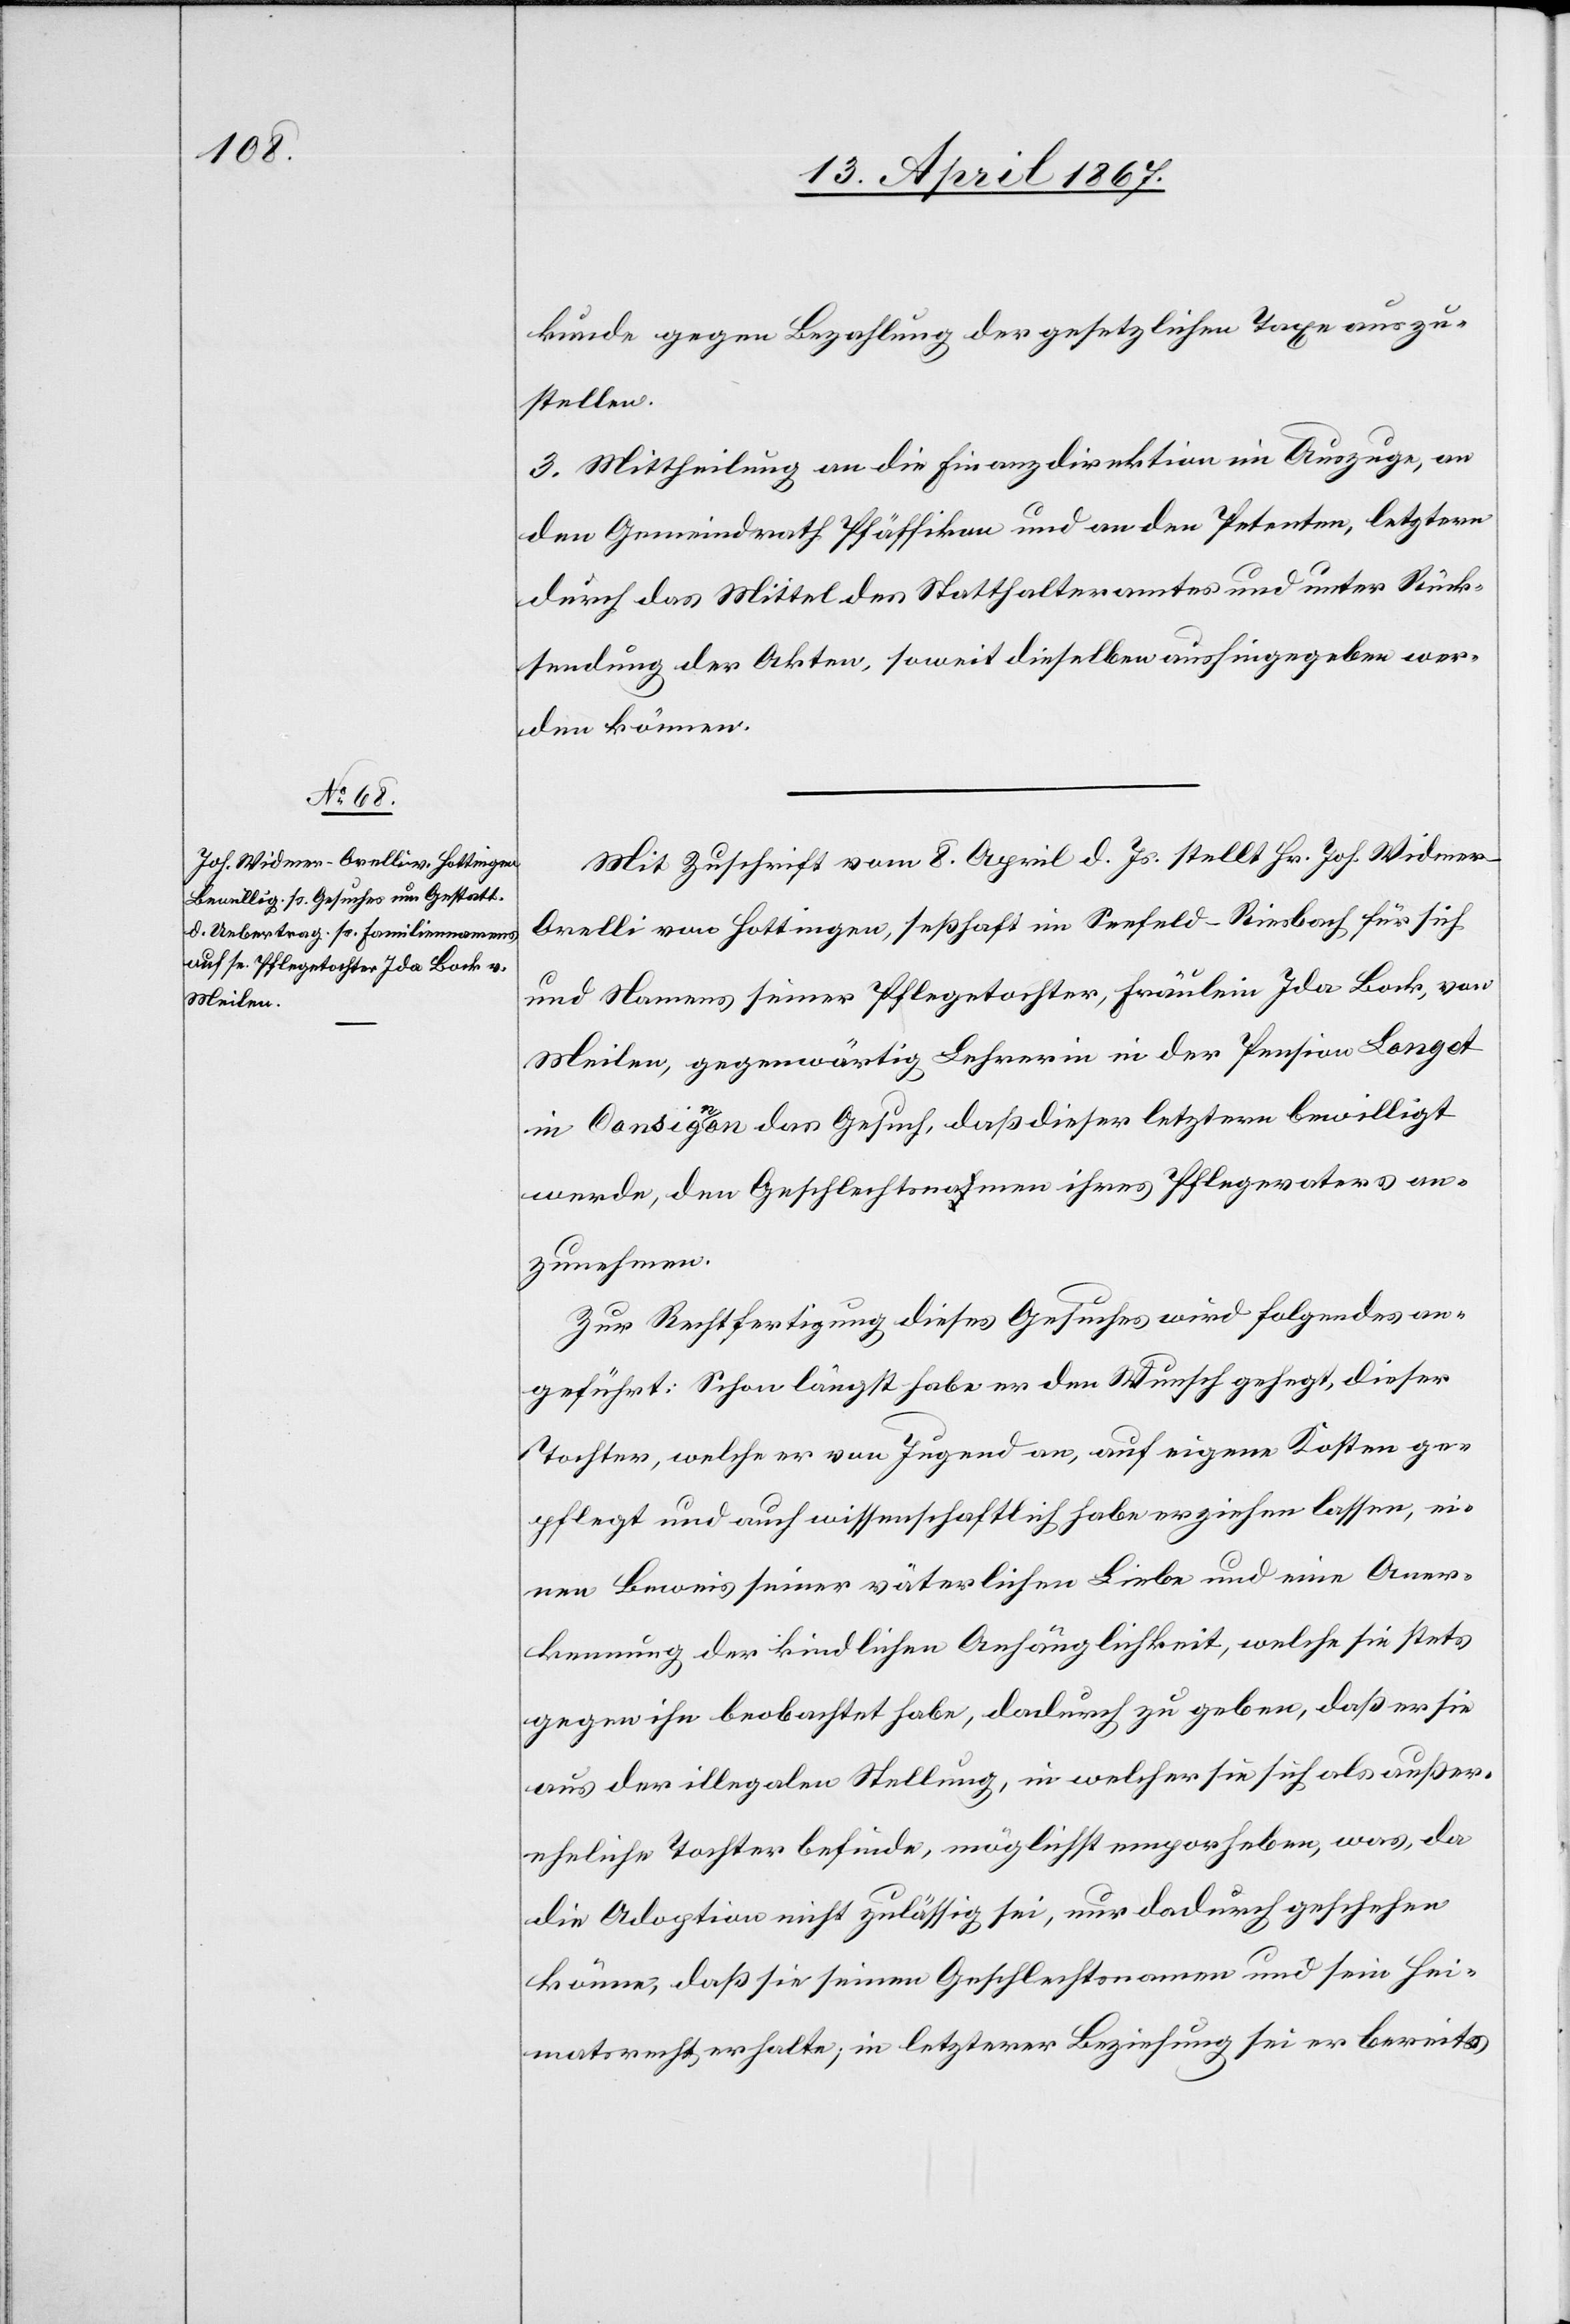
kunde gegen Bezahlung der gesetzlichen Taxe auszu¬
stellen.
3. Mittheilung an die Finanzdirektion im Auszuge, an
den Gemeinderath Pfäffikon und an den Petenten, letzterm
durch das Mittel des Statthalteramtes und unter Rück¬
sendung der Akten, soweit dieselben aushingegeben wer¬
den können.
Mit Zuschrift vom 8. April d. Js. stellt Hr. Joh. Widme¬
r-Orelli von Hottingen, seßhaft in Seefeld-Riesbach für sich
und Namens seiner Pflegetochter, Fräulein Ida Bock, von
Meilen, gegenwärtig Lehrerin in der Pension Longot
in Consigeon das Gesuch, daß dieser letztern bewilligt
werde, den Geschlechtsnamen ihres Pflegevaters an¬
zunehmen.
Zur Rechtfertigung dieses Gesuches wird folgendes an¬
geführt: Schon längst habe er den Wunsch gehegt, dieser
Tochter, welche er von Jugend an, auf eigene Kosten ge¬
pflegt und auch wissenschaftlich habe erziehen lassen, ei¬
nen Beweis seiner väterlichen Liebe und eine Aner¬
kennung der kindlichen Anhänglichkeit, welche sie stets
gegen ihn beobachtet habe, dadurch zu geben, daß er sie
aus der illegalen Stellung, in welcher sie sich als außer¬
eheliche Tochter befinde, möglichst emporholen, was, da
die Adoption nicht zulässig sei, nur dadurch geschehen
könne, daß sie seinen Geschlechtsnamen und sein Hei¬
matrecht erhalte, in letzterer Beziehung sei er bereits